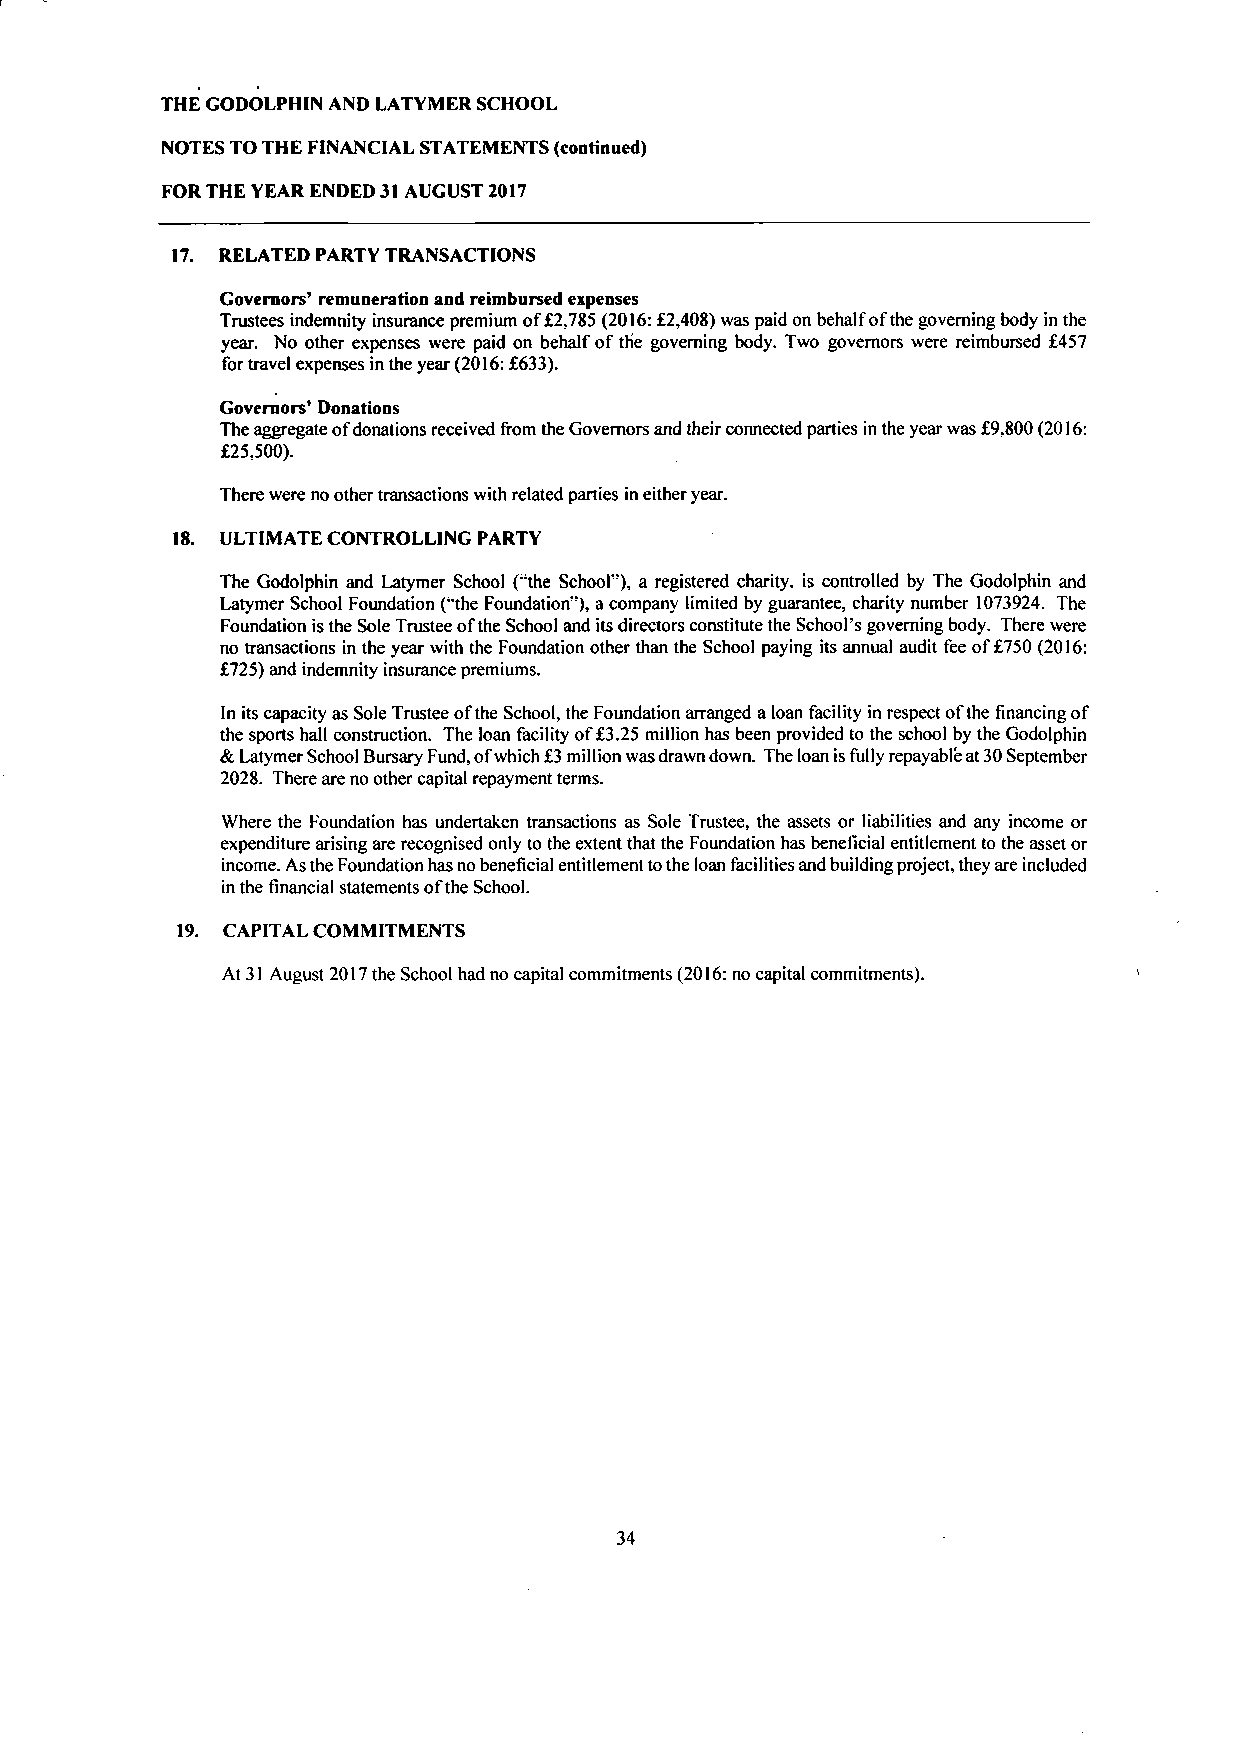
THE GODOLPHIN AND LATYMER SCHOOL
 NOTES TO THE FINANCIAL STATEMENTS (continued)
 FOR THE YEAR ENDED 31 AUGUST 2017
 17. RELATED PARTY TRANSACTIONS
 Governors' remuneration and reimbursed expenses
 Trustees indemnity insurance premium of £2,785 (2016: £2,408) was paid on behalf of the governing body in the
 year. No other expenses were paid on behalf of the governing body. Two governors were reimbursed £457
 for travel expenses in the year (2016: £633).
 Governors' Donations
 The aggregate of donations received from the Governors and their connected parties in the year was £9,800 (2016:
 £25,500).
 There were no other transactions with related parties in either year.
 18. ULTIMATE CONTROLLING PARTY
 The Godolphin and Latymer School ("the School"), a registered charity, is controlled by The Godolphin and
 Latymer School Foundation ("the Foundation"), a company limited by guarantee, charity number 1073924. The
 Foundation is the Sole Trustee of the School and its directors constitute the School's governing body. There were
 no transactions in the year with the Foundation other than the School paying its annual audit fee of £750 (2016:
 £725) and indemnity insurance premiums.
 In its capacity as Sole Trustee of the School, the Foundation arranged a loan facility in respect of the financing of
 the sports hall construction. The loan facility of £3.25 million has been provided to the school by the Godolphin
 & Latymer School Bursary Fund, of which £3 million was drawn down. The loan is fully repayable at 30 September
 2028. There are no other capital repayment terms.
 Where the Foundation has undertaken transactions as Sole Trustee, the assets or liabilities and any income or
 expenditure arising are recognised only to the extent that the Foundation has beneficial entitlement to the asset or
 income. As the Foundation has no beneficial entitlement to the loan facilities and building project, they are included
 in the financial statements of the School.
 19. CAPITAL COMMITMENTS
 At 31 August 2017 the School had no capital commitments (2016: no capital commitments).
 34